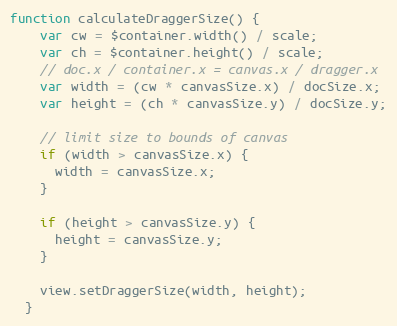
Language: JavaScript
function calculateDraggerSize() {
    var cw = $container.width() / scale;
    var ch = $container.height() / scale;
    // doc.x / container.x = canvas.x / dragger.x
    var width = (cw * canvasSize.x) / docSize.x;
    var height = (ch * canvasSize.y) / docSize.y;

    // limit size to bounds of canvas
    if (width > canvasSize.x) {
      width = canvasSize.x;
    }

    if (height > canvasSize.y) {
      height = canvasSize.y;
    }

    view.setDraggerSize(width, height);
  }